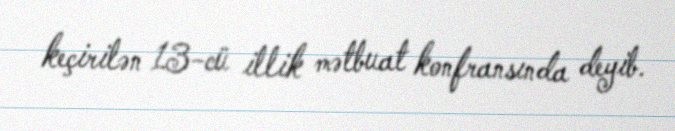
keçirilən 13-cü illik mətbuat konfransında deyib.